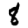
Digit: 8